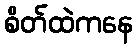
စိတ်ထဲကနေ